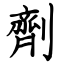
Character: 劑